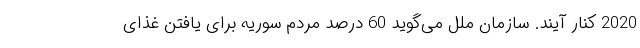
2020 کنار آیند. سازمان ملل می‌گوید 60 درصد مردم سوریه برای یافتن غذای